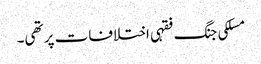
مسلکی جنگ فقہی اختلافات پر تھی۔